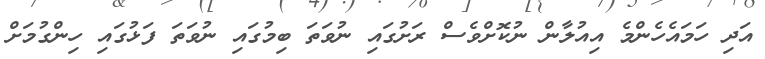
އަދި ހަމައެހެންމެ އިއުލާން ނުކޮށްވެސް ރަށުގައި ނުވަތަ ބިމުގައި ނުވަތަ ފަޅުގައި ހިންގުމަށް